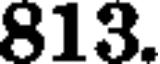
813.